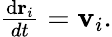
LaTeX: \begin{array}{r}{\frac{\mathrm{d}\mathbf{r}_{i}}{dt}=\mathbf{v}_{i}.}\end{array}